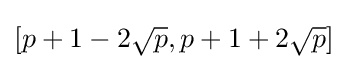
[p+1-2{\sqrt {p}},p+1+2{\sqrt {p}}]